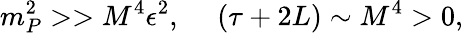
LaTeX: m_{P}^{2}>>M^{4}\epsilon^{2},~~~~~(\tau+2L)\sim M^{4}>0,